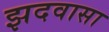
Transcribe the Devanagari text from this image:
झदवासा